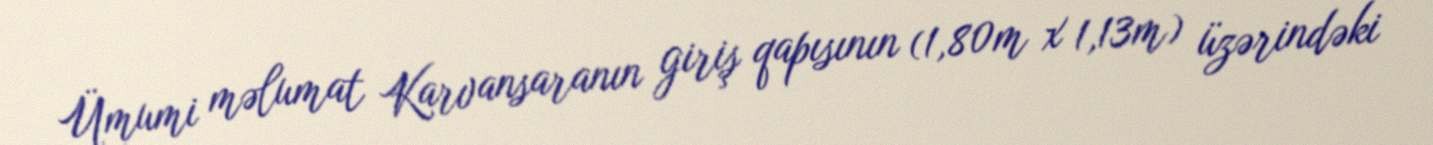
Ümumi məlumat Karvansaranın giriş qapısının (1,80m x 1,13m) üzərindəki